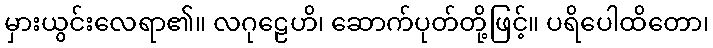
မှားယွင်းလေရာ၏။ လဂုဠေဟိ၊ ဆောက်ပုတ်တို့ဖြင့်။ ပရိပေါထိတော၊